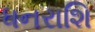
ધનરાશિ